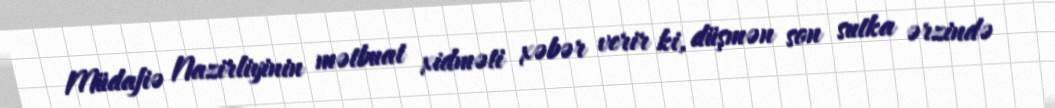
Müdafiə Nazirliyinin mətbuat xidməti xəbər verir ki, düşmən son sutka ərzində